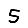
Digit: 5